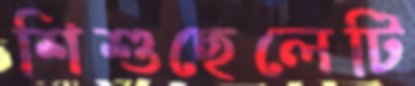
শিশুছেলেটি